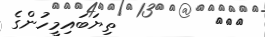
١٢٤         ތިޔަބައިމީހުންގެ